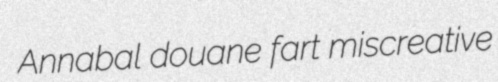
Annabal douane fart miscreative